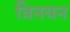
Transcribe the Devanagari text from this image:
त्रिनयन